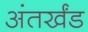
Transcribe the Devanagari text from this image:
अंतर्खंड